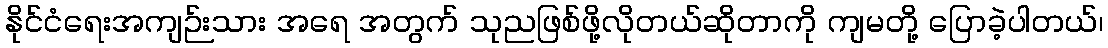
နိုင်ငံရေးအကျဉ်းသား အရေ အတွက် သုညဖြစ်ဖို့လိုတယ်ဆိုတာကို ကျမတို့ ပြောခဲ့ပါတယ်၊